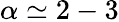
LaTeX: \alpha\simeq 2-3